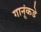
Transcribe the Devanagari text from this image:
गानूंकडे